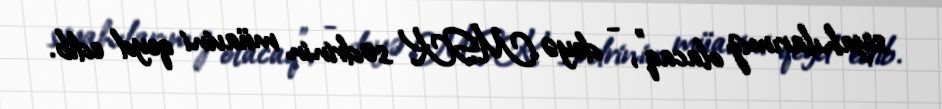
siyahılarımız olacaq”, - deyə MSK sədrinin müavini qeyd edib.